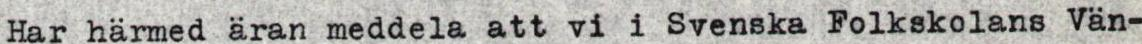
Har härmed äran meddela att vi i Svenska Folkskolans Vän-